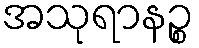
အသုရာနဉ္စ